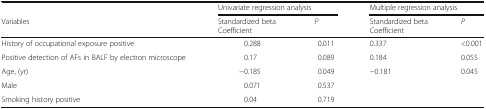
<table><thead><tr><td></td><td colspan="2"><b>Univariate regression analysis</b></td><td colspan="2"><b>Multiple regression analysis</b></td></tr><tr><td><b>Variables</b></td><td><b>Standardized betaCoefficient</b></td><td><b><i>P</i></b></td><td><b>Standardized betaCoefficient</b></td><td><b><i>P</i></b></td></tr></thead><tbody><tr><td>History of occupational exposure positive</td><td>0.288</td><td>0.011</td><td>0.337</td><td>&lt;0.001</td></tr><tr><td>Positive detection of AFs in BALF by electron microscope</td><td>0.17</td><td>0.089</td><td>0.184</td><td>0.055</td></tr><tr><td>Age, (yr)</td><td>−0.185</td><td>0.049</td><td>−0.181</td><td>0.045</td></tr><tr><td>Male</td><td>0.071</td><td>0.537</td><td></td><td></td></tr><tr><td>Smoking history positive</td><td>0.04</td><td>0.719</td><td></td><td></td></tr></tbody></table>